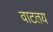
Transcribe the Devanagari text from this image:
वाटतय